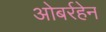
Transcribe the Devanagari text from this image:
ओबर्रहेन